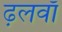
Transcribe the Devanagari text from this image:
ढ़लवाँ